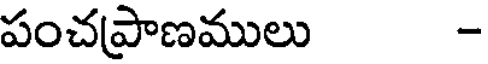
పంచప్రాణములు -